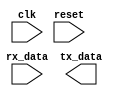
module uart_timing_control_and_sync(
    input wire clk,
    input wire reset,
    input wire rx_data,
    output reg tx_data
);

reg [3:0] baud_rate_counter;
reg start_bit_detected;
reg [7:0] data_bits = 8'b0;
reg [2:0] stop_bit_counter;

// Baud rate clock generation
always @(posedge clk or posedge reset) begin
    if (reset) begin
        baud_rate_counter <= 4'b0;
    end else begin
        if (baud_rate_counter == 4'b1000) begin
            baud_rate_counter <= 4'b0;
        end else begin
            baud_rate_counter <= baud_rate_counter + 1;
        end
    end
end

// Sampling data bits
always @(posedge clk or posedge reset) begin
    if (reset) begin
        start_bit_detected <= 1'b0;
        data_bits <= 8'b0;
    end else begin
        if (!start_bit_detected && rx_data == 1'b0) begin
            start_bit_detected <= 1'b1;
        end else if (start_bit_detected) begin
            data_bits <= {rx_data, data_bits[7:1]};
        end
    end
end

// Detecting start and stop bits
always @(posedge clk or posedge reset) begin
    if (reset) begin
        start_bit_detected <= 1'b0;
        stop_bit_counter <= 3'b0;
    end else begin
        if (start_bit_detected) begin
            if (stop_bit_counter == 3'b111) begin
                start_bit_detected <= 1'b0;
                stop_bit_counter <= 3'b0;
            end else begin
                stop_bit_counter <= stop_bit_counter + 1;
            end
        end
    end
end

// Ensuring proper synchronization between transmitter and receiver
initial begin
    // Add code for synchronization here
end

// Error detection and recovery mechanisms
initial begin
    // Add code for error detection and recovery here
end

endmodule